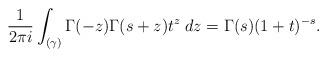
LaTeX: \begin{align*} \frac{1}{2\pi i} \int_{(\gamma)} \Gamma(-z) \Gamma(s + z) t^z \; dz = \Gamma(s) (1 + t)^{-s}. \end{align*}